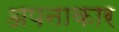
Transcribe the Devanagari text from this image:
अपनाकार